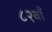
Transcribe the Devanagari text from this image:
८२वाँ